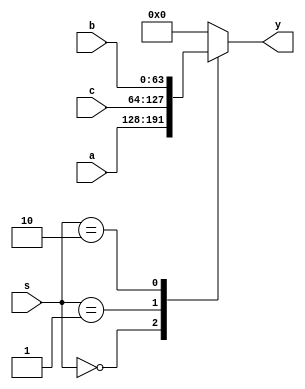
module mux3_64bit(a,b,c,s,y); //64bits 3-to-1 MUX
  input [63:0] a, b, c;
  input [1:0] s;
  output [63:0] y;
  reg [63:0] y;
  
  always@(*) begin
  case (s)
    2'b00: y = a; //no slave
	 2'b01: y = c; //slave 1
	 2'b10: y = b; //slave 2
	 default: y = 64'h0;
  endcase
  end
  
endmodule